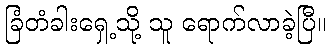
ခြံတံခါးရှေ့သို့ သူ ရောက်လာခဲ့ပြီ။